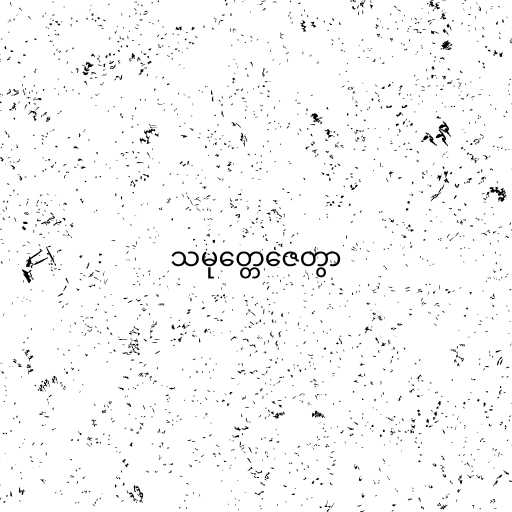
သမုတ္တေဇေတွာ